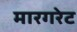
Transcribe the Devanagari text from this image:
मारगरेट